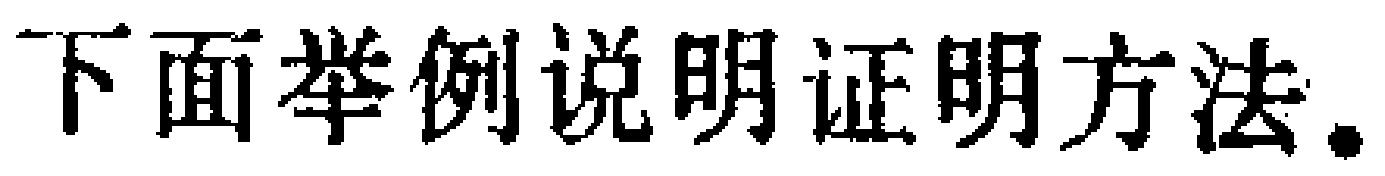
下面举例说明证明方法.